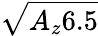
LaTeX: \sqrt{A_{z}6.5}